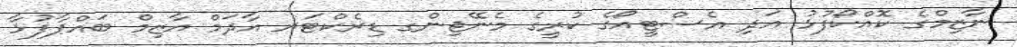
ނާޒިމްގެ ކޮއްކޯފުޅު އަދި އެސްޓީއޯގެ ކުރީގެ މެނޭޖިންގ ޑިރެކްޓަރ އާދަމް އާޒިމް ބައްޕާފުޅާ